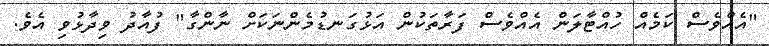
"އެއްވެސް ކަމެއް ހުއްޓާލަން އެއްވެސް ފަރާތަކުން އަޅުގަނޑުމެންނަކަށް ނާންގާ" ފުއާދު ވިދާޅުވި އެވެ.